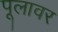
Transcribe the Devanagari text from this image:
पूलावर